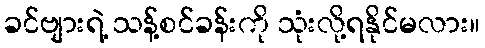
ခင်ဗျားရဲ့ သန့်စင်ခန်းကို သုံးလို့ရနိုင်မလား။